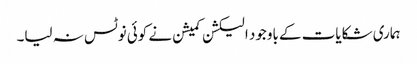
ہماری شکایات کے باوجود الیکشن کمیشن نے کوئی نوٹس نہ لیا۔